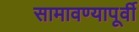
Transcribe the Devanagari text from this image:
सामावण्यापूर्वी